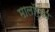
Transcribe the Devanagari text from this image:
मालॉर्का